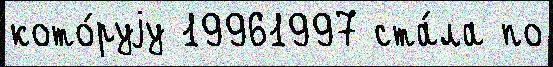
кото́руjу 19961997 ста́ла по